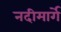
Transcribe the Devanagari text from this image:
नदीमार्गे